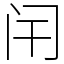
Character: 闬